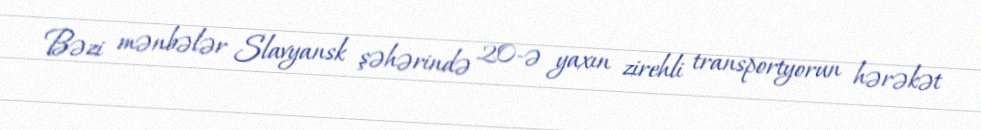
Bəzi mənbələr Slavyansk şəhərində 20-ə yaxın zirehli transportyorun hərəkət